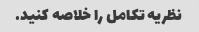
نظریه تکامل را خلاصه کنید.